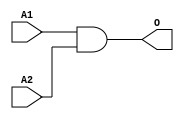
module MJAND2B(A1, A2, O);
input   A1;
input   A2;
output  O;
and g0(O, A1, A2);
endmodule